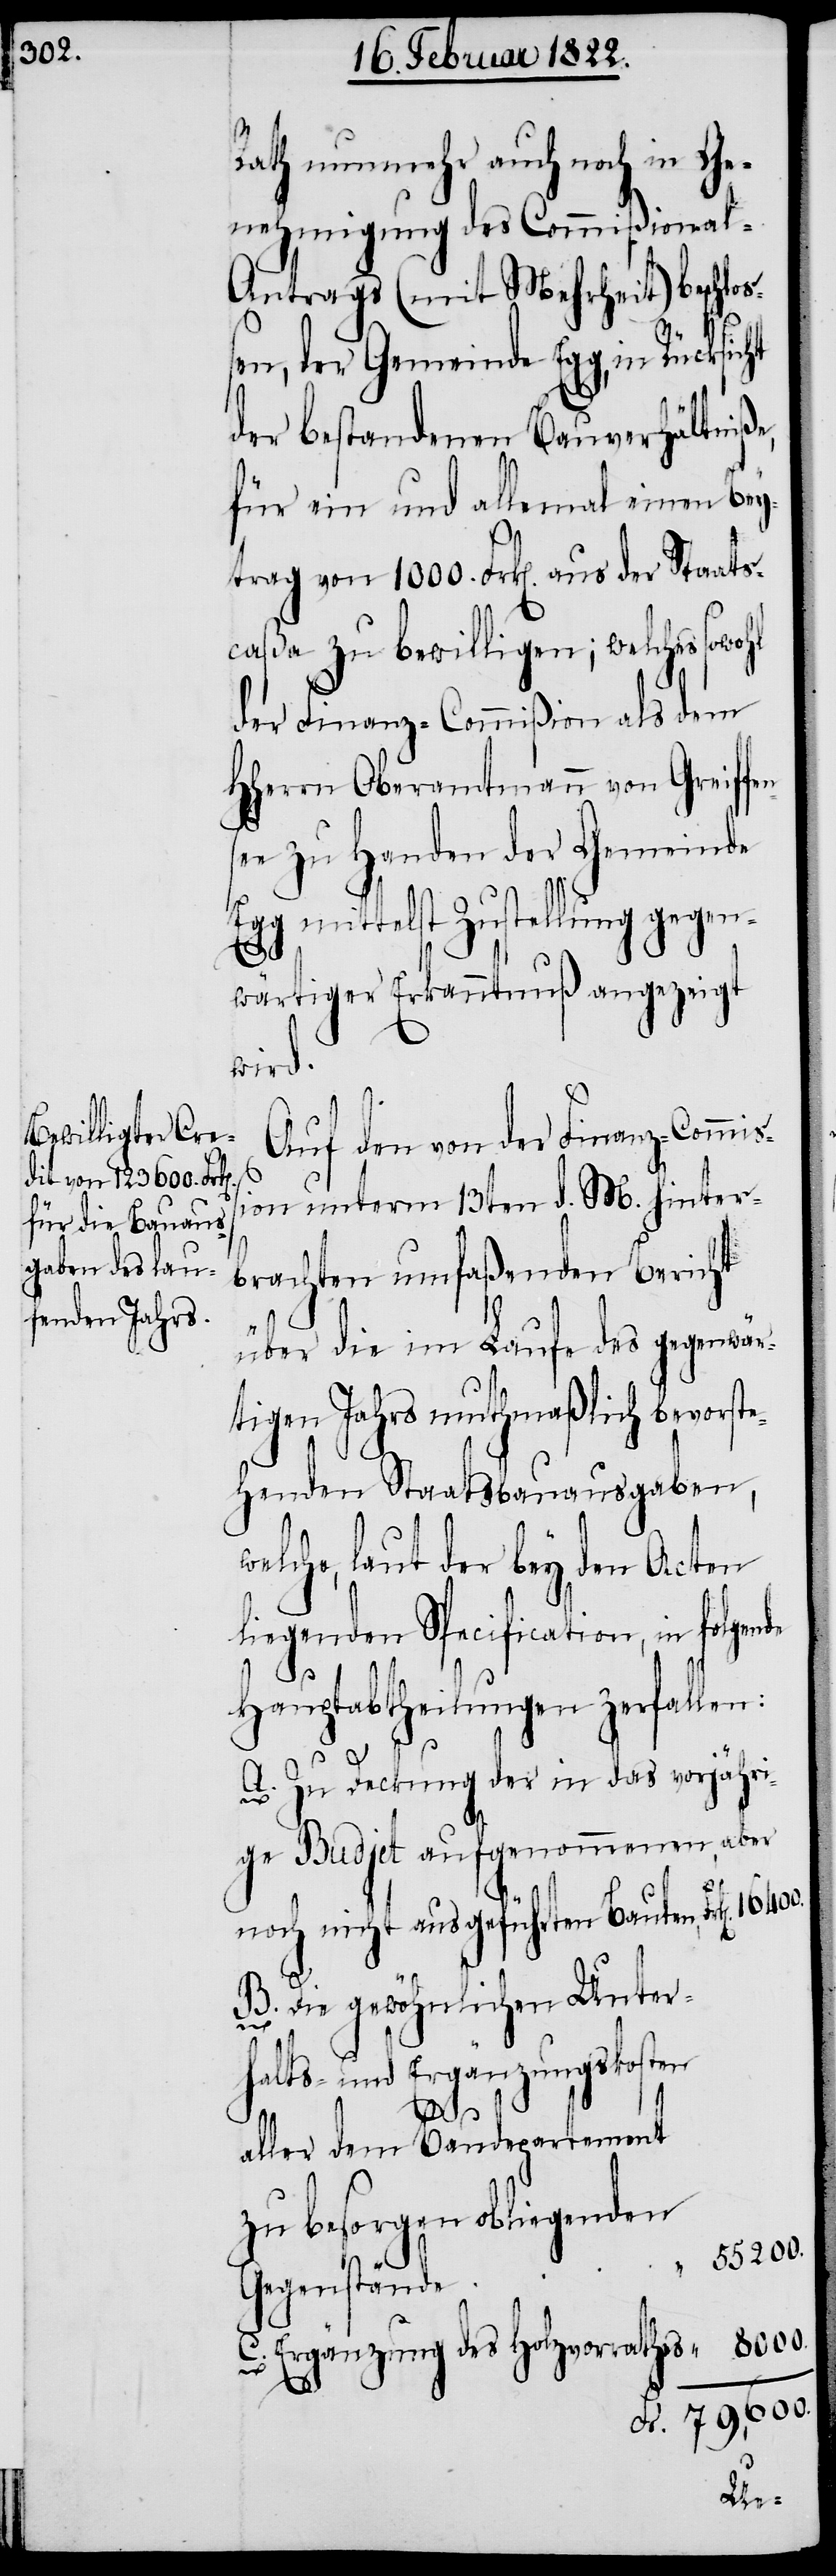
Rath nunmehr auch noch in G¬
enehmigung des Commißional-A¬
ntrags (mit Mehrheit) beschlo¬
ßen, der Gemeinde Egg, in Rücksicht
der bestandenen Bauverhältniße,
für ein und allemal einen Bey¬
trag von 1000. Frk[en]. aus der Staats¬
caßa zu bewilligen; welches sowohl
der Finanz-Commißion als dem
HHerrn Oberamtmann von Greiffen¬
see zu Handen der Gemeinde
Egg mittelst Zustellung gegen¬
wärtiger Erkanntnuß angezeigt
wird.
Auf den von der Finanz-Commiß¬
ion unterm 13ten d. M. hinter¬
brachten umfaßenden Bericht
über die im Laufe des gegenwär¬
tigen Jahrs muthmaßlich bevorste¬
henden Staatsausgaben,
elche, laut der bey den Acten
liegenden Specification, in folgen¬
de
Hauptabtheilungen zerfallen:
8000.
A. Zu Deckung der in das vorjähri¬
ge Budjet aufgenommenen, aber
noch nicht ausgeführten Bauten
B. Die gewöhnlichen Unter¬
halts- und Ergänzungskosten
aller dem Baudepartement
zu besorgen obliegenden
55.200.
Gegenstände
C. Ergänzung des Holzvorrathes